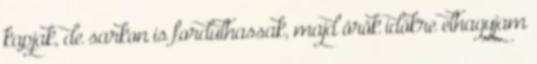
kapjak, de sarkon is fordulhassak, majd örök időkre elhagyjam